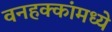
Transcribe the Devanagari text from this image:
वनहक्कांमध्ये